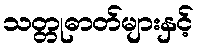
သတ္တုဓာတ်များနှင့်